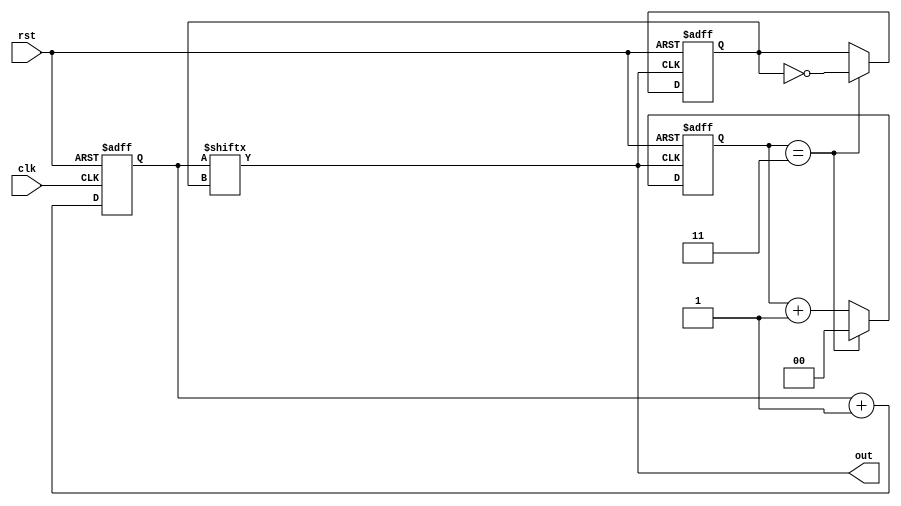
module sos_gen(
    input clk,
    input rst,
    output out
);

reg slow = 0;
reg [1:0] clk_count = 0;
reg [1:0] sos_count = 0;

wire out_clk = clk_count[slow];
assign out = out_clk;

always @(posedge clk, posedge rst)
    if (rst)
        clk_count <= 'b10;
    else
        clk_count <= clk_count + 1;

always @(posedge out_clk, posedge rst)
begin
    if (rst) begin
        sos_count <= 0;
        slow <= 0;
    end else if (sos_count == 3) begin
        sos_count <= 0;
        slow <= ~slow;
    end else begin
        sos_count <= sos_count + 1;
    end
end

endmodule